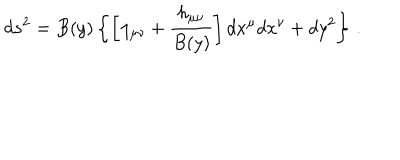
LaTeX: d s ^ { 2 } = B ( y ) \left\{ \left[ \eta _ { \mu \nu } + { \frac { h _ { \mu \nu } } { B ( y ) } } \right] d x ^ { \mu } d x ^ { \nu } + d y ^ { 2 } \right\} \, .